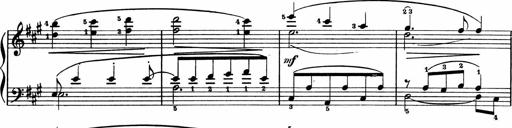
Title: 2 Sonatinen
Composer: Lambertus Adrianus van Tetterode